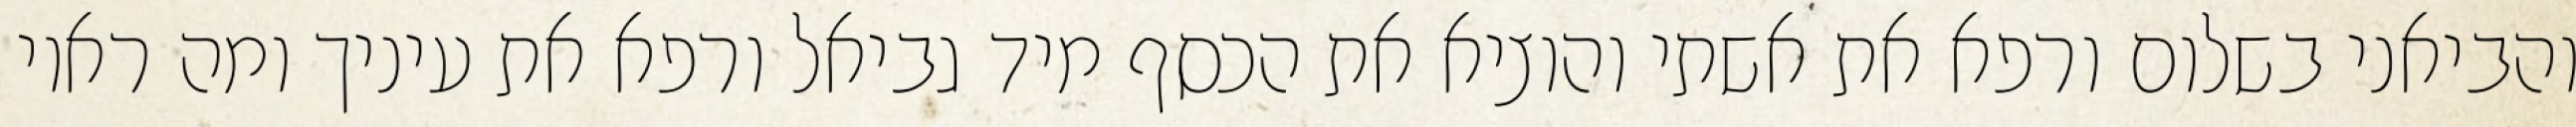
והביאני בשלום ורפא את אשתי והוציא את הכסף מיד גביאל ורפא את עיניך ומה ראוי